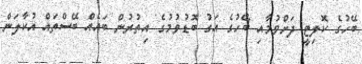
ބޭހުގެ ކޮލިޓީ ދަށްވުމާއި ބޭހުގެ އަގު ބޮޑުވުމުގެ އިތުރުން ބައެއް ބޭސްތައް އުކާލަން